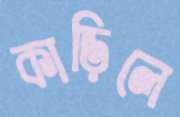
কাড়িলে